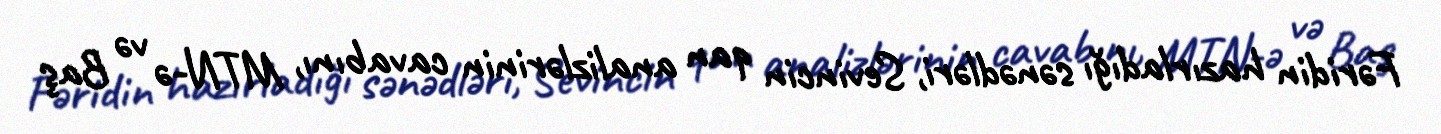
Fəridin hazırladığı sənədləri, Sevincin qan analizlərinin cavabını, MTN-ə və Baş